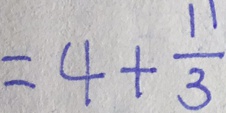
= 4 + \frac { 1 1 } { 3 }